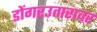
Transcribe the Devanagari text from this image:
डोंगरउतारावर